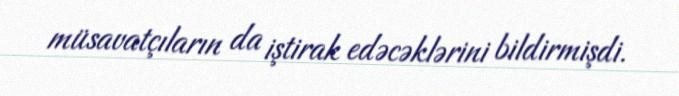
müsavatçıların da iştirak edəcəklərini bildirmişdi.